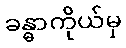
ခန္ဓာကိုယ်မှ